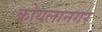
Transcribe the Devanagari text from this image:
कोयलानगर